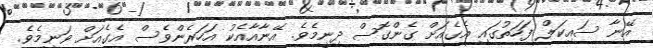
އޭނާ ސައިކަލް ފަހަތުގައި އެގެއަށް ގެންގޮސް ދިނީމެވެ. އޭނާއާއެކު އަހަރެންވެސް އެގެއަށް ވަނީމެވެ.